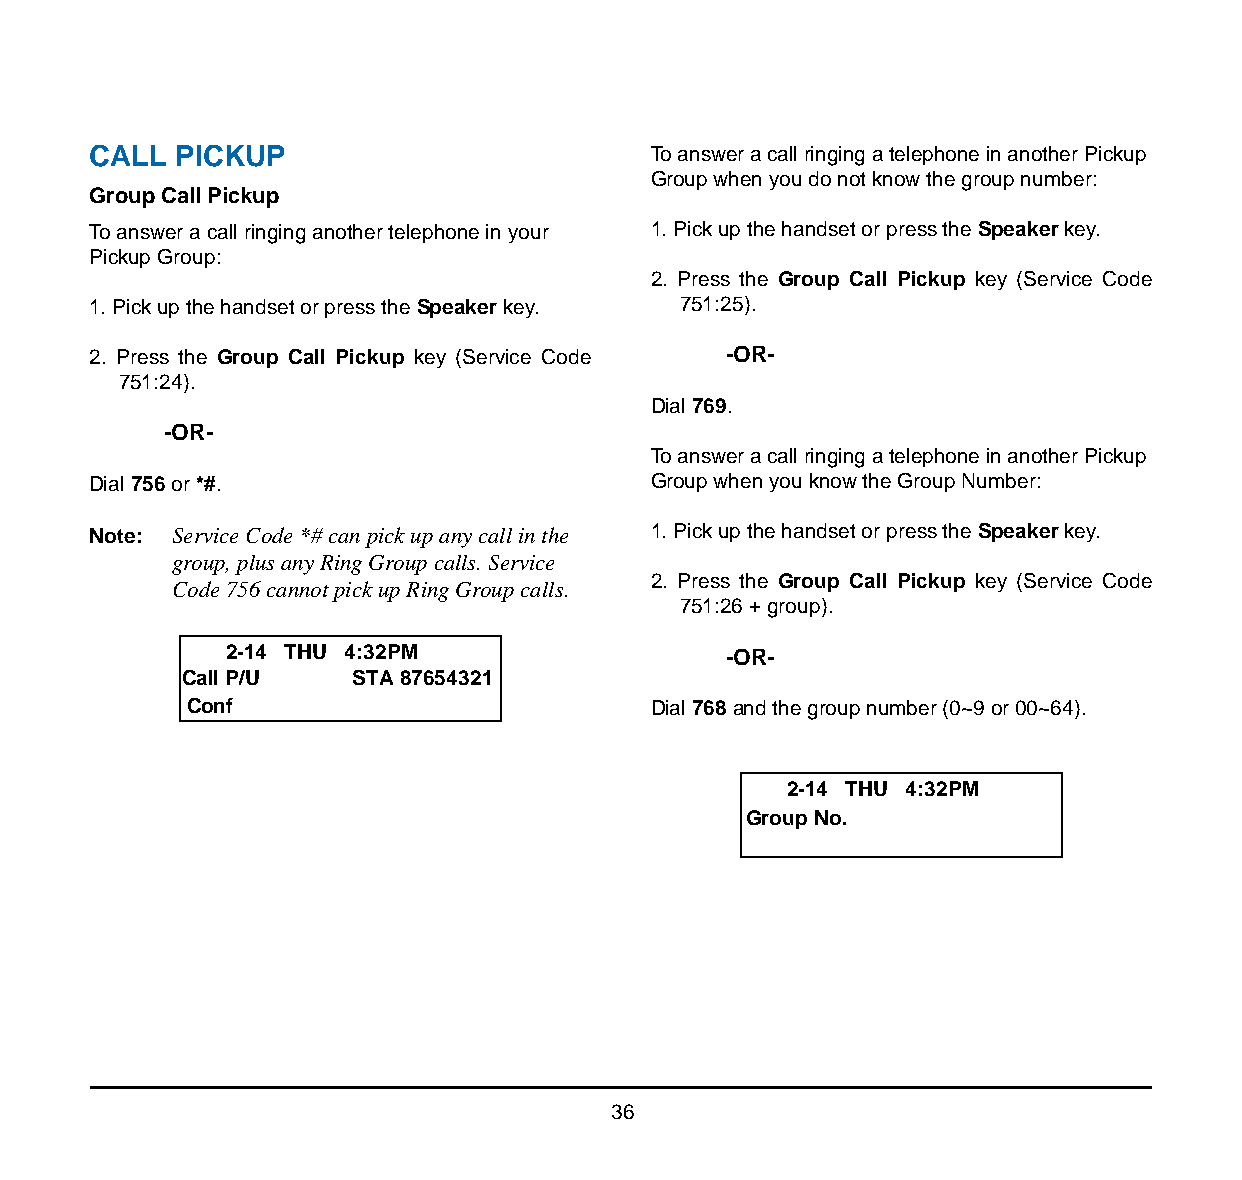
CALL  PICKUP                          To answer a call ringing a telephone in another Pickup
 Group when you do not know the group number:
 Group Call Pickup
 To answer a call ringing another telephone in your 1. Pick up the handset or press the Speaker key.
 Pickup Group:
 2. Press the Group Call Pickup key (Service Code
 1. Pick up the handset or press the Speaker key. 751:25).
 2. Press the Group Call Pickup key (Service Code -OR-
 751:24).
 Dial 769.
 -OR-
 To answer a call ringing a telephone in another Pickup
 Dial 756 or *#.                       Group when you know the Group Number:
 Note: Service Code *# can pick up any call in the 1. Pick up the handset or press the Speaker key.
 group, plus any Ring Group calls. Service
 2. Press the Group Call Pickup key (Service Code
 Code 756 cannot pick up Ring Group calls.
 751:26 + group).
 2-14 THU 4:32PM                   -OR-
 Call P/U   STA 87654321
 Conf                           Dial 768 and the group number (0~9 or 00~64).
 2-14 THU 4:32PM
 Group No.
 36